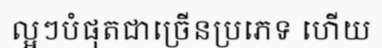
ល្អៗបំផុតជាច្រើនប្រភេទ ហើយ